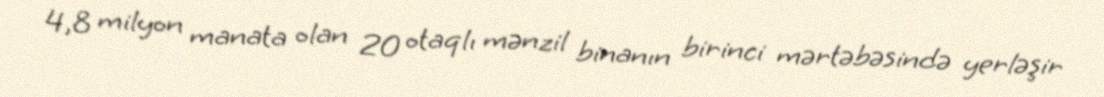
4,8 milyon manata olan 20 otaqlı mənzil binanın birinci mərtəbəsində yerləşir